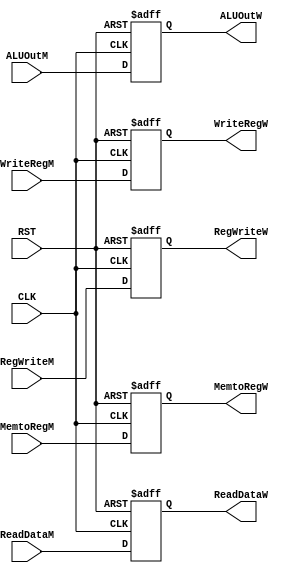
module  WB_REG  #(parameter INPUT_DATA  = 32,
                            OUTPUT_DATA = 32)
(
    output  reg    [OUTPUT_DATA-1:0] ALUOutW,ReadDataW,
    output  reg    [4:0]             WriteRegW,
    output  reg                      RegWriteW,MemtoRegW,
    input   wire                     CLK,RST,
    input   wire   [INPUT_DATA-1:0]  ALUOutM,ReadDataM,
    input   wire   [4:0]             WriteRegM,
    input   wire                     RegWriteM,MemtoRegM
);

always @ ( posedge CLK or negedge RST)
    begin
        if ( !RST )
            begin
                ALUOutW <= 32'd0;
                ReadDataW <= 32'd0;
                WriteRegW <= 5'd0;
                RegWriteW <= 1'b0;
                MemtoRegW <= 1'b0;          
            end
        else
            begin
                ALUOutW <= ALUOutM;
                ReadDataW <= ReadDataM;
                WriteRegW <= WriteRegM;
                RegWriteW <= RegWriteM;
                MemtoRegW <= MemtoRegM; 
            end
    end
endmodule